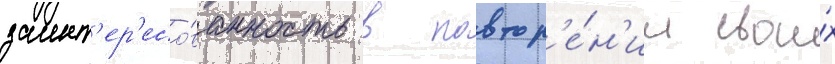
заинт'ер'есо́ванность в повтор'е́н'ии свои́х